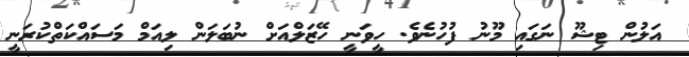
އަލުން ޓިޝޫ ނަގައި މޫނު ފުހުނެވެ. ހީވަނީ ހޭޒަލްއަށް ނުބަލަން ލިއަމް މަސައްކަތްކުރަނީ